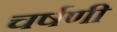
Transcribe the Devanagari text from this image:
चर्षणी